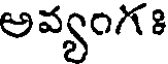
అవ్యంగః